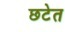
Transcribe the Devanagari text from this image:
छटेत